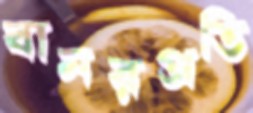
বানরপ্রতি